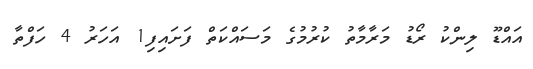
އައްޑޫ ލިންކު ރޯޑު މަރާމާތު ކުރުމުގެ މަސައްކަތް ފަށައިފި1 އަހަރު 4 ހަފްތާ